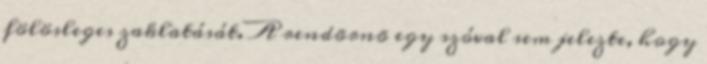
fölösleges zaklatását. A rendõrnõ egy szóval sem jelezte, hogy